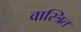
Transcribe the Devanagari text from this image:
वास्त्रित